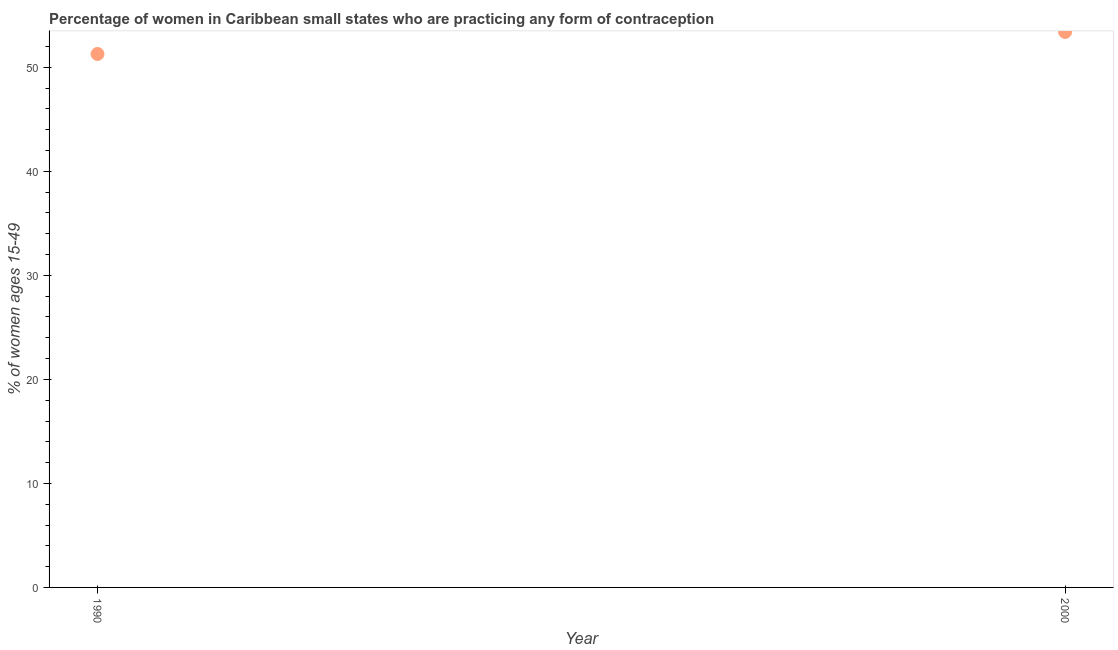
| Year | Contraceptive prevalence |
 | --- | --- |
 | 1990 | 51.3 |
 | 2000 | 53.4 |